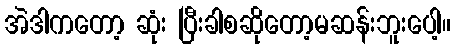
အဲဒါကတော့ ဆုံး ပြီးခါစဆိုတော့မဆန်းဘူးပေါ့။